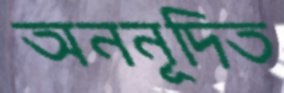
অননূদিত